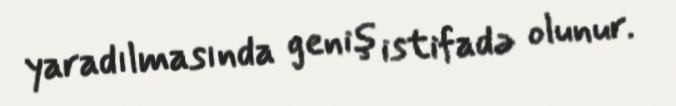
yaradılmasında geniş istifadə olunur.